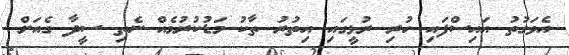
އެވަގުތު އައިސްފައި ހުރި ރުޅީގައި އިތުރު ތާކު މަޑުކުރުމެއް ނެތި ސީދާ ގެއަށް